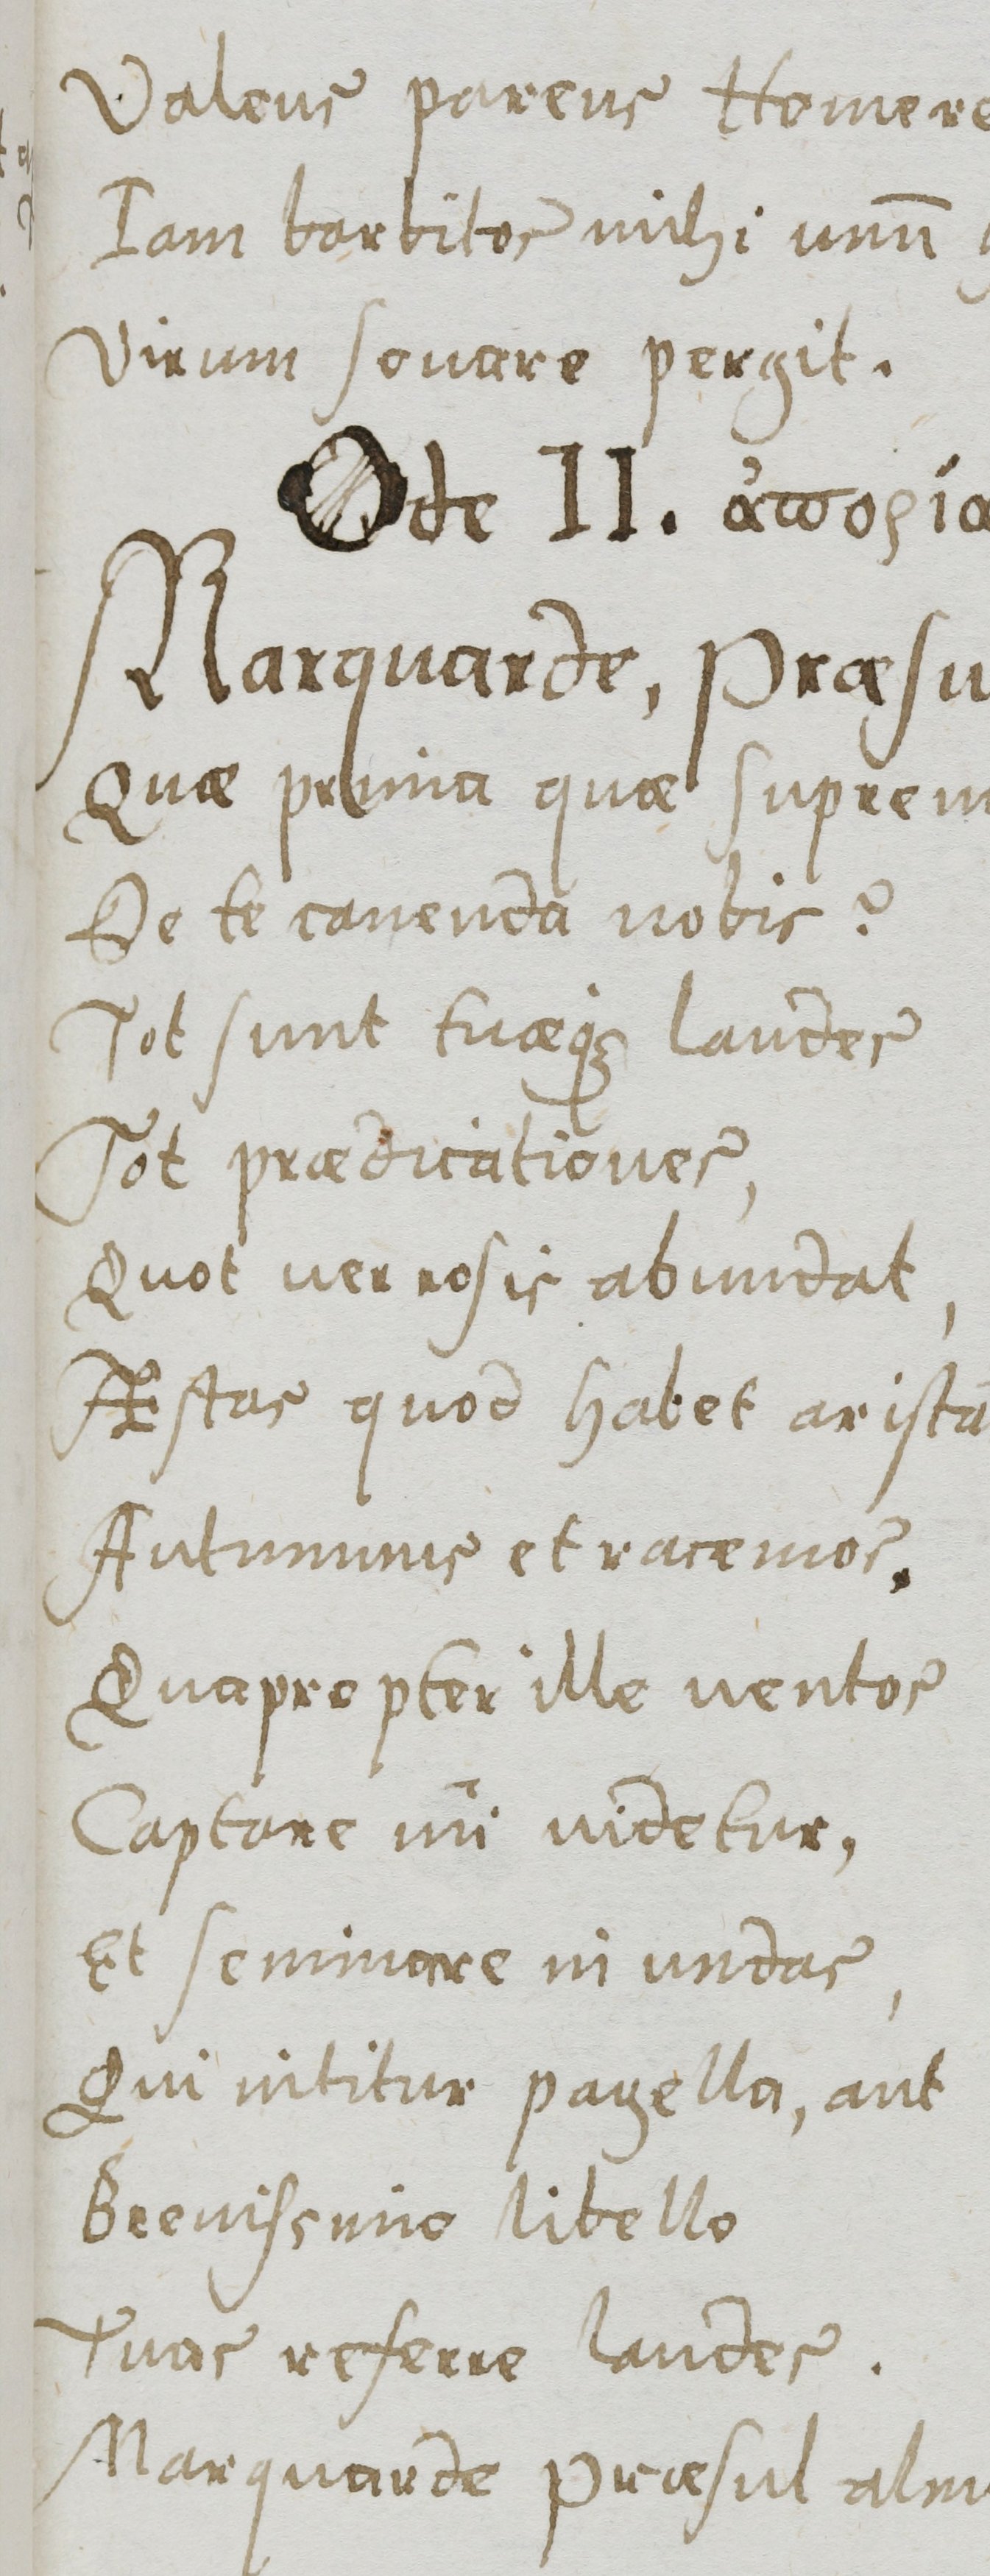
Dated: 1577–1577